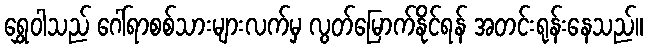
ရွှေဝါသည် ဂေါ်ရာစစ်သားများလက်မှ လွတ်မြောက်နိုင်ရန် အတင်းရုန်းနေသည်။